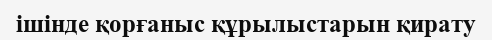
ішінде қорғаныс құрылыстарын қирату